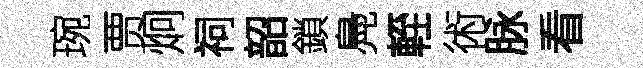
琬贾炯祠韶鎖鳧輊術脉看